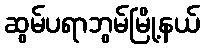
ဆွမ်ပရာဘွမ်မြို့နယ်